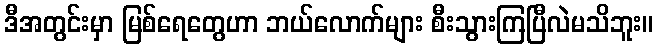
ဒီအတွင်းမှာ မြစ်ရေတွေဟာ ဘယ်လောက်များ စီးသွားကြပြီလဲမသိဘူး။